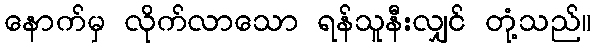
နောက်မှ လိုက်လာသော ရန်သူနီးလျှင် တုံ့သည်။